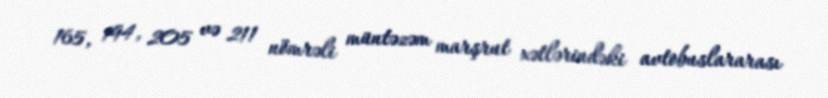
165, 194, 205 və 211 nömrəli müntəzəm marşrut xətlərindəki avtobuslararası